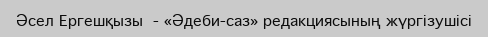
Әсел Ергешқызы  - «Әдеби-саз» редакциясының жүргізушісі